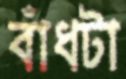
বাঁধটা